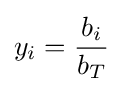
y_{i}={\frac {b_{i}}{b_{T}}}